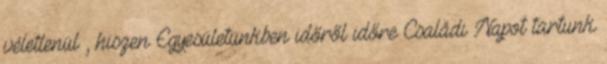
véletlenül , hiszen Egyesületünkben időről időre Családi Napot tartunk